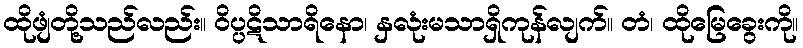
ထိုဖျံတို့သည်လည်း။ ဝိပ္ပဋိသာရိနော၊ နှလုံးမသာရှိကုန်လျက်။ တံ၊ ထိုမြေခွေးကို။